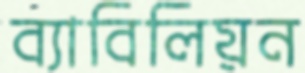
ব্যাবিলিয়ন